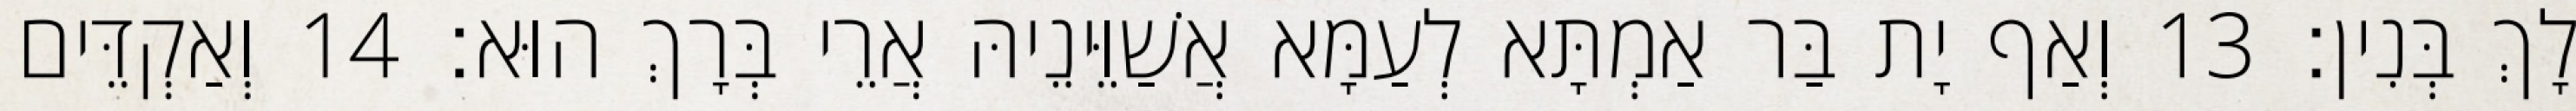
לָךְ בְּנִין׃ 13 וְאַף יָת בַּר אַמְתָּא לְעַמָּא אֲשַׁוֵּינֵיהּ אֲרֵי בְּרָךְ הוּא׃ 14 וְאַקְדֵּים